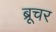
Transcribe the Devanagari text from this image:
ब्रूचर